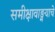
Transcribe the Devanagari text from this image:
समीक्षावाङ्मयाचे